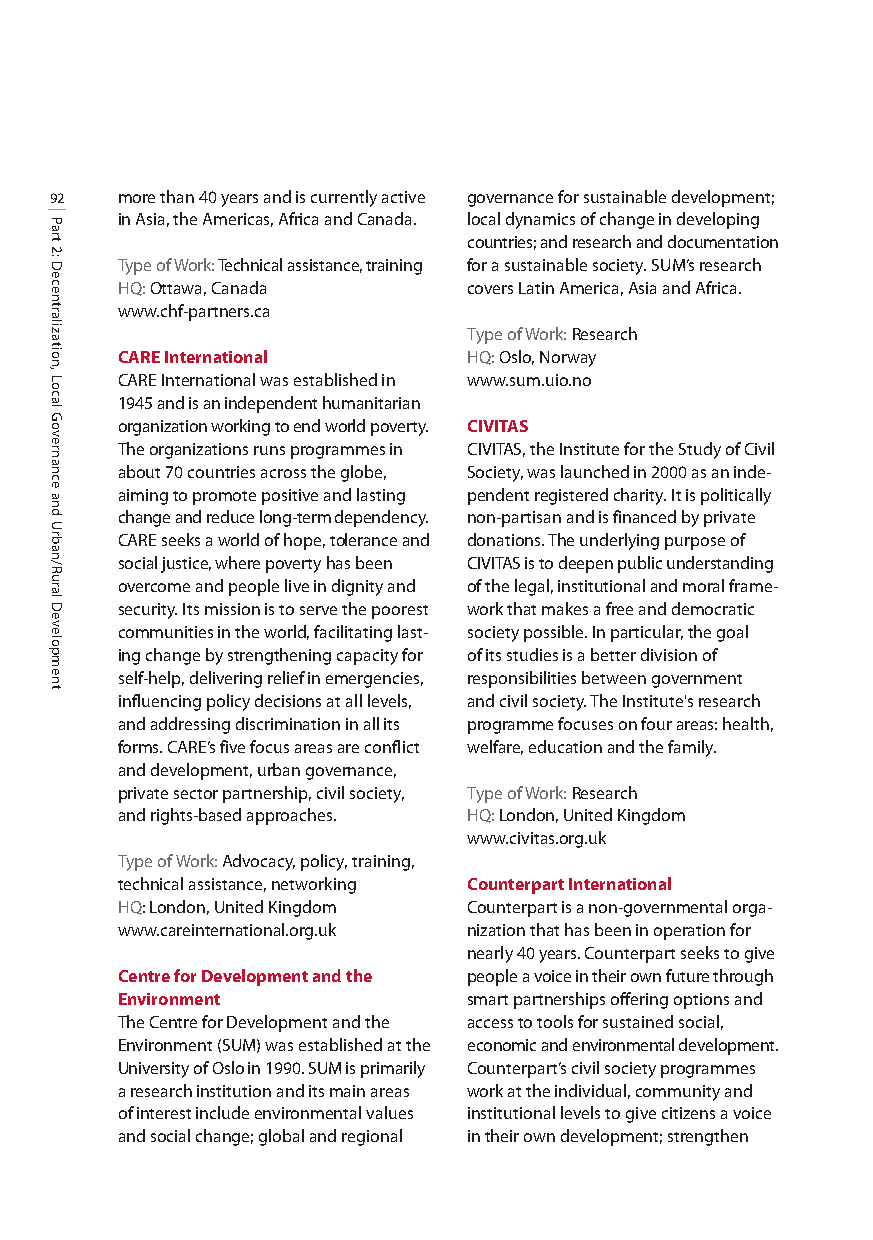
92   more than 40 years and is currently active governance for sustainable development;
 in Asia, the Americas, Africa and Canada. local dynamics of change in developing
 countries; and research and documentation
 Type of Work: Technical assistance, training for a sustainable society. SUM’s research
 HQ:Ottawa, Canada      covers Latin America, Asia and Africa.
 www.chf-partners.ca
 Type of Work: Research
 CARE International     HQ:Oslo, Norway
 CARE International was established in www.sum.uio.no
 1945 and is an independent humanitarian
 organization working to end world poverty. CIVITAS
 The organizations runs programmes in CIVITAS, the Institute for the Study of Civil
 about 70 countries across the globe, Society, was launched in 2000 as an inde-
 aiming to promote positive and lasting pendent registered charity. It is politically
 change and reduce long-term dependency. non-partisan and is financed by private
 CARE seeks a world of hope, tolerance and donations. The underlying purpose of
 social justice, where povertyhas been CIVITAS is to deepen public understanding
 overcome and people live in dignity and of the legal, institutional and moral frame-
 security. Its mission is to serve the poorest work that makes a free and democratic
 communities in the world, facilitating last- society possible. In particular, the goal
 ing change by strengthening capacity for of its studies is a better division of
 self-help, delivering relief in emergencies, responsibilities between government
 influencing policy decisions at all levels, and civil society. The Institute's research
 and addressing discrimination in all its programme focuses on four areas: health,
 forms. CARE’s five focus areas are conflict welfare, education and the family.
 and development, urban governance,
 private sector partnership, civil society, Type of Work: Research
 and rights-based approaches. HQ:London, United Kingdom
 www.civitas.org.uk
 Type of Work: Advocacy, policy, training,
 technical assistance, networking Counterpart International
 HQ: London, United Kingdom Counterpart is a non-governmental orga-
 www.careinternational.org.uk nization that has been in operation for
 nearly 40 years. Counterpart seeks to give
 Centre for Development and the people a voice in their own future through
 Environment            smart partnerships offering options and
 The Centre for Development and the access to tools for sustained social,
 Environment (SUM) was established at the economic and environmental development.
 University of Oslo in 1990. SUM is primarily Counterpart’s civil society programmes
 a research institution and its main areas work at the individual, community and
 of interest include environmental values institutional levels to give citizens a voice
 and social change; global and regional in their own development; strengthen
 Part
 2:
 Decentralization,
 Local
 Governance
 and
 Urban/Rural
 Development